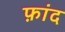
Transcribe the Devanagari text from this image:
फ़ांद